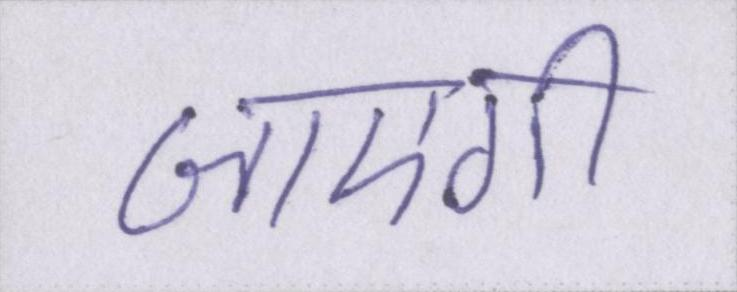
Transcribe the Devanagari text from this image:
जाएगी